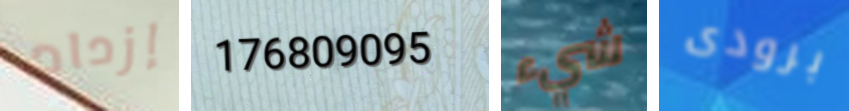
إزداد 176809095 شيء برودى